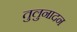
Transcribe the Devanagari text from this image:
तुलुनादन